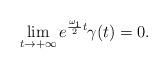
LaTeX: \begin{align*} \lim_{t\to +\infty}e^{\frac{\omega_1}{2}t}\gamma(t)=0.\end{align*}